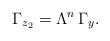
LaTeX: \begin{align*}\Gamma_{z_2}=\Lambda^n\,\Gamma_y.\end{align*}